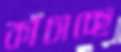
কাঁচাচ্ছে